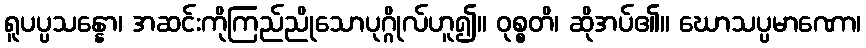
ရူပပ္ပသန္နော၊ အဆင်းကိုကြည်ညိုသောပုဂ္ဂိုလ်ဟူ၍။ ဝုစ္စတိ၊ ဆိုအပ်၏။ ဃောသပ္ပမာဏော၊